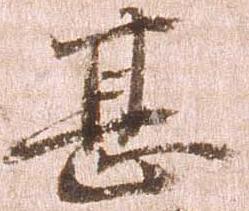
甚